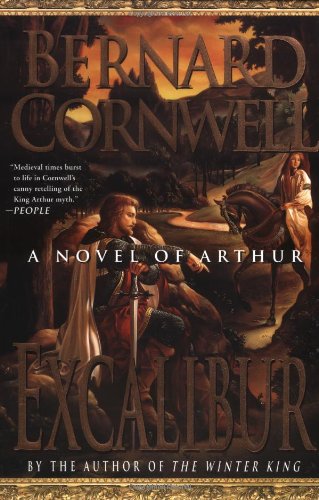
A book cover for Excalibur (The Warlord Chronicles); Bernard Cornwell; Science Fiction & Fantasy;